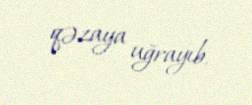
qəzaya uğrayıb.